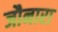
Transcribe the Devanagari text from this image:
जौनारा